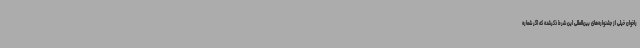
راخوان خیلی از جشنواره‌های بین‌المللی این شرط ذکرشده که اگر شماره